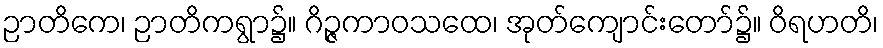
ဉာတိကေ၊ ဉာတိကရွာ၌။ ဂိဉ္ဇကာဝသထေ၊ အုတ်ကျောင်းတော်၌။ ဝိရဟတိ၊